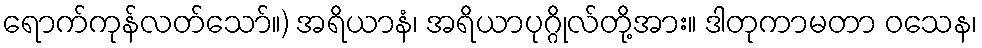
ရောက်ကုန်လတ်သော်။) အရိယာနံ၊ အရိယာပုဂ္ဂိုလ်တို့အား။ ဒါတုကာမတာ ဝသေန၊